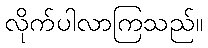
လိုက်ပါလာကြသည်။